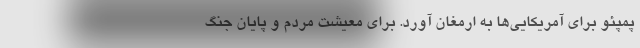
پمپئو برای آمریکایی‌ها به ارمغان آورد. برای معیشت مردم و پایان جنگ